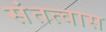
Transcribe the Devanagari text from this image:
संतत्वास